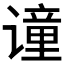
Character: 𫍼